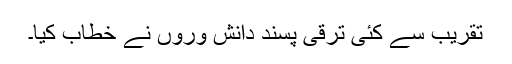
تقریب سے کئی ترقی پسند دانش وروں نے خطاب کیا۔